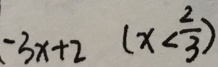
- 3 x + 2 ( x < \frac { 2 } { 3 } )